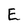
Character: E